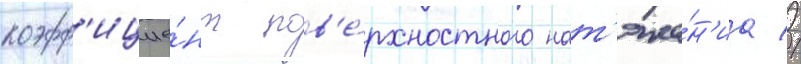
коэфф'ицие́нт пов'е́рхностного нат'яже́н'иа //